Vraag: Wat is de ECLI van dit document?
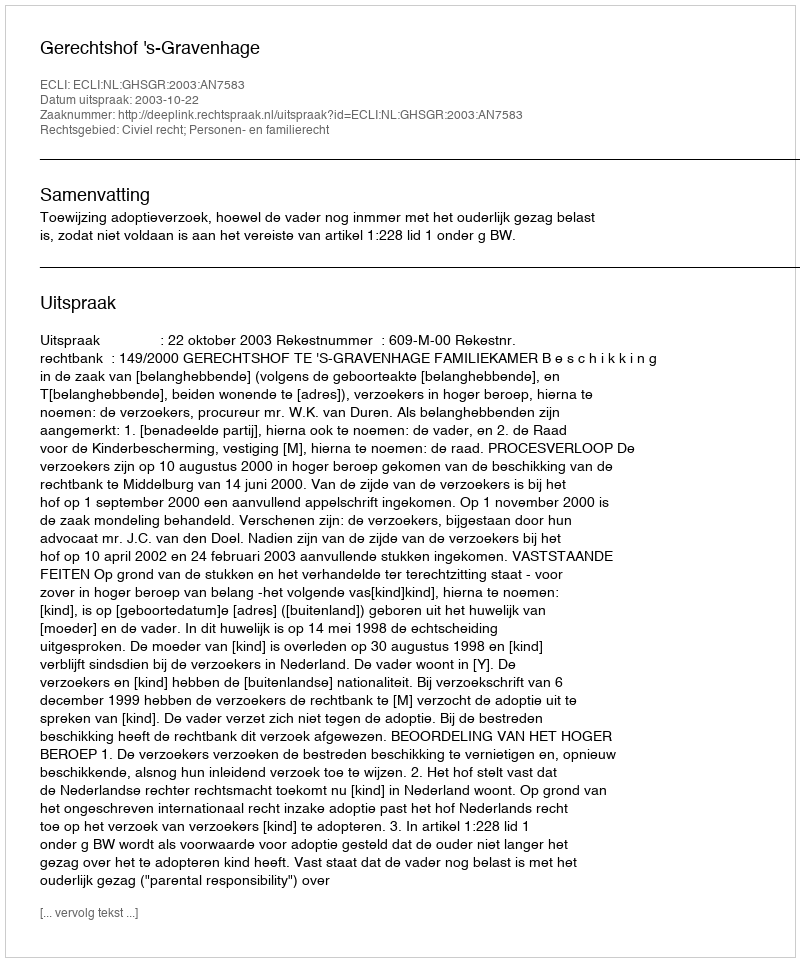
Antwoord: ECLI:NL:GHSGR:2003:AN7583